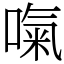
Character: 𠺪